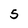
Character: 5